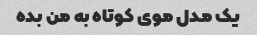
یک مدل موی کوتاه به من بده